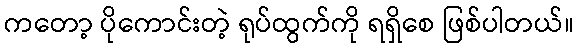
ကတော့ ပိုကောင်းတဲ့ ရုပ်ထွက်ကို ရရှိစေ ဖြစ်ပါတယ်။